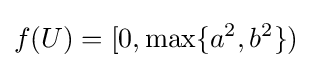
f(U)=[0,\max\{a^{2},b^{2}\})